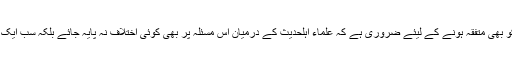
اس دعویٰ کو بھی متفّقہ ہونے کے لیئے ضروری ہے کہ علماء اہلحدیث کے درمیان اس مسئلہ پر بھی کوئی اختلاف نہ پایہ جائے بلکہ سب ایک پیج پر ہوں۔